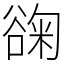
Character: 䜯